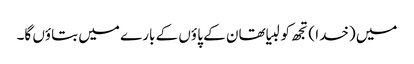
میں (خدا ) تجھ کو لبیا تھان کے پا ؤں کے بارے میں بتاؤں گا۔